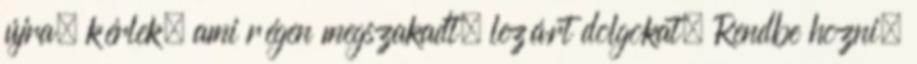
újra, kérlek, ami régen megszakadt. lezárt dolgokat. Rendbe hozni,